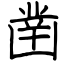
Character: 凿